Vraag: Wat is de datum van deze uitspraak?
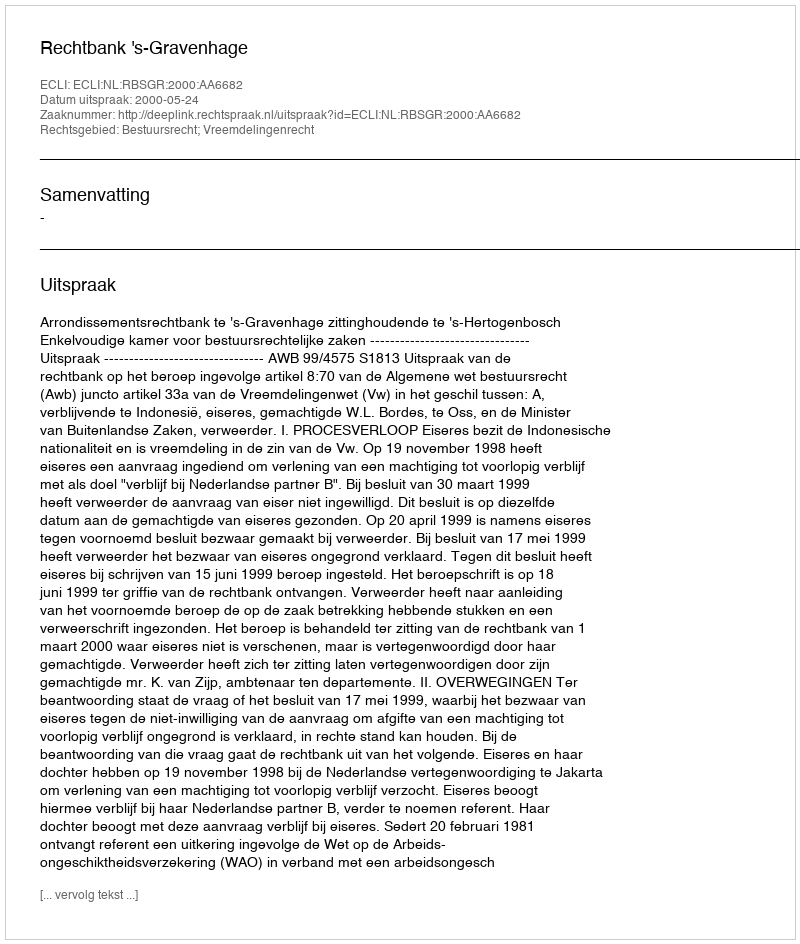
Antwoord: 2000-05-24